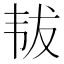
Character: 韨